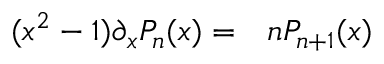
\begin{array} { r l } { ( x ^ { 2 } - 1 ) \partial _ { x } P _ { n } ( x ) = } & { { } n P _ { n + 1 } ( x ) } \end{array}